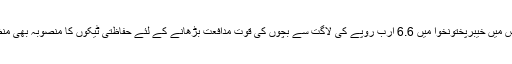
اجلاس میں خیبرپختونخوا میں 6.6 ارب روپے کی لاگت سے بچوں کی قوت مدافعت بڑھانے کے لئے حفاظتی ٹیکوں کا منصوبہ بھی منظور۔